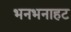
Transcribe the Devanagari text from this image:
भनभनाहट